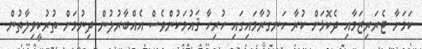
ކަމަށާ ޓެރަރިޒަމާއި ދެކޮޅަށް ކުރާ ހަނގުރާމައިގައި ހުރިހާ ޤައުމަކުންވެސް އެއްބާރުލުން ދިނުމަށް ތުރުކީވިލާތުން